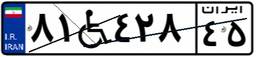
۸۱W۴۲۸۴۵